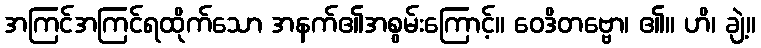
အကြင်အကြင်ရထိုက်သော အနက်၏အစွမ်းကြောင့်။ ဝေဒိတဗ္ဗော၊ ၏။ ဟိ၊ ချဲ့။